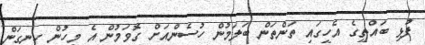
ފުޅި ބައްތީގެ އެހީގައި ތަންތަން ބަލަމުން ހުސެންއަށް ގޮވަމުން އެ މީހުން ހިނގަން